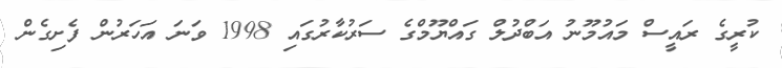
ކުރީގެ ރައީސް މައުމޫނު އަބްދުލް ގައްޔޫމްގެ ސަރުކާރުގައި 1998 ވަނަ އަހަރުން ފެށިގެން